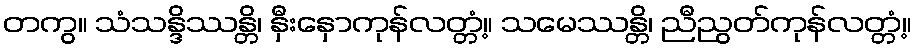
တကွ။ သံသန္ဒိဿန္တိ၊ နှီးနှောကုန်လတ္တံ့။ သမေဿန္တိ၊ ညီညွတ်ကုန်လတ္တံ့။